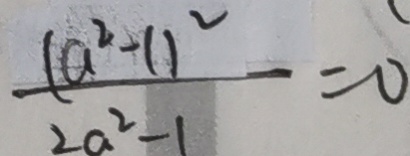
\frac { ( a ^ { 2 } - 1 ) ^ { 2 } } { 2 a ^ { 2 } - 1 } = 0